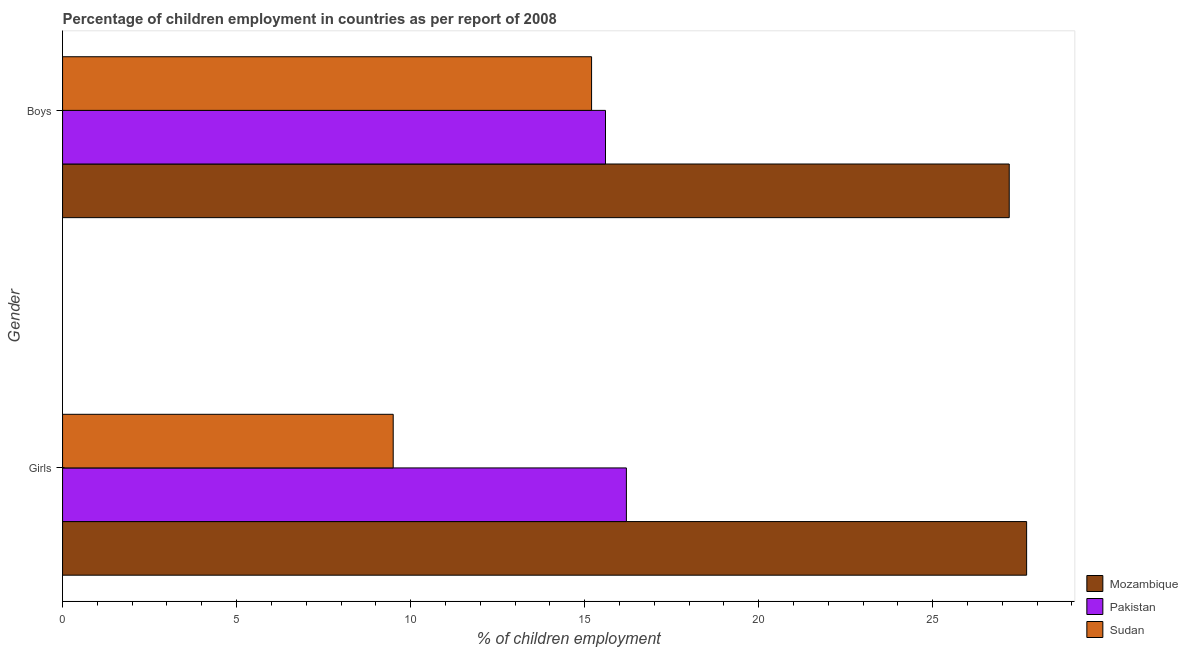
| Gender | Mozambique | Pakistan | Sudan |
 | --- | --- | --- | --- |
 | Girls | 27.7 | 16.2 | 9.5 |
 | Boys | 27.2 | 15.6 | 15.2 |